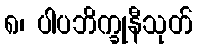
၈၊ ပါပဘိက္ခုနီသုတ်